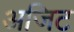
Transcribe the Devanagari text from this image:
अजिट